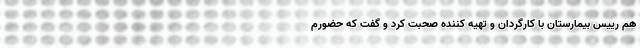
هم رییس بیمارستان با کارگردان و تهیه کننده صحبت کرد و گفت که حضورم